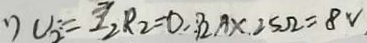
U _ { 2 } = I _ { 2 } R _ { 2 } = 0 . 3 2 A \times . 2 5 \Omega = 8 V